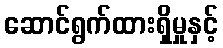
ဆောင်ရွက်ထားရှိမှုနှင့်